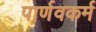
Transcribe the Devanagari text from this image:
पार्णवकर्म